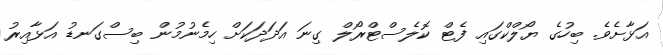
އަޅާށެވެ. ބިހުގެ ޔޯލްކްގައި ފެޓް ކޮލެސްޓްރޯލް ގިނަ އަދަދަކަށް ހިމެނުމުން ބިސްގަނޑު އަޅާއިރު